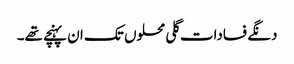
دنگے فسادات گلی محلوں تک ان پہنچے تھے۔